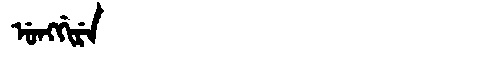
Manchu: ᡠᠩᡤᡳᡵᡝ
Romanization: UNGGIRE